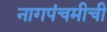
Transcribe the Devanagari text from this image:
नागपंचमीची